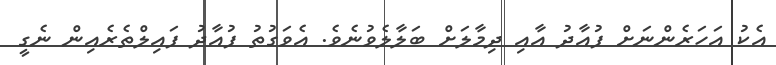
އެކު އަހަރެންނަށް ފުއާދު އާއި ދިމާލަށް ބަލާލެވުނެވެ. އެވަގުތު ފުއާދު ފައިލްތެރެއިން ނެގީ